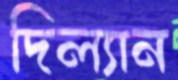
দিল্যান